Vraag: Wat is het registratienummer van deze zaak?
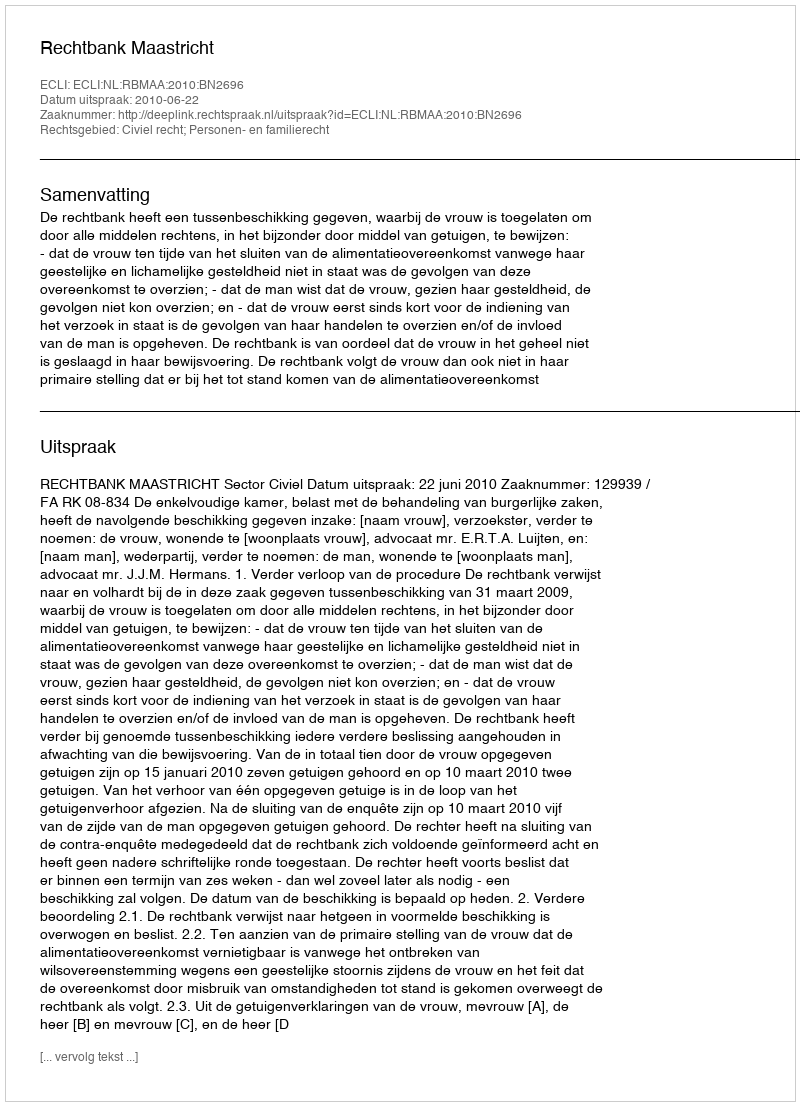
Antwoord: http://deeplink.rechtspraak.nl/uitspraak?id=ECLI:NL:RBMAA:2010:BN2696